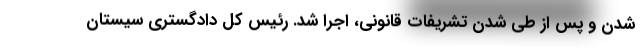
شدن و پس از طی شدن تشریفات قانونی، اجرا شد. رئیس کل دادگستری سیستان